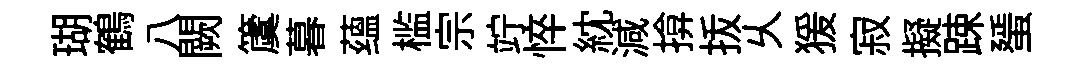
瑚鶴八闕𥵂暮蕴槛宗竚悴紞減揜㧞乆猨寂擬踈蜑